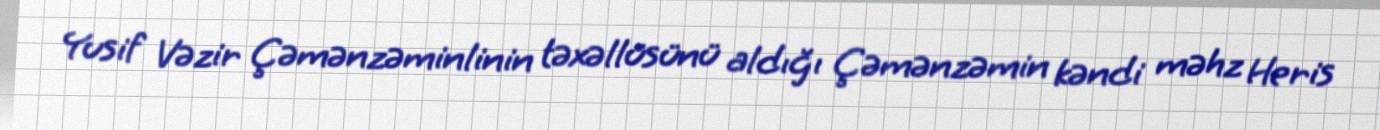
Yusif Vəzir Çəmənzəminlinin təxəllüsünü aldığı Çəmənzəmin kəndi məhz Heris